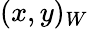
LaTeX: (x,y)_{W}